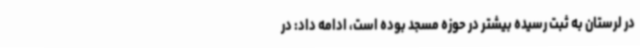
در لرستان به ثبت رسیده بیشتر در حوزه مسجد بوده است، ادامه داد: در